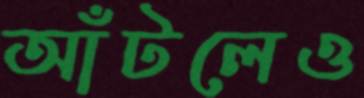
আঁটলেও